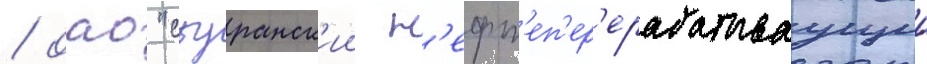
/ оао "сызранск'ии н'ефт'еп'ер'ерабатываущии